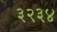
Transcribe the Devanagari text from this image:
३२३४